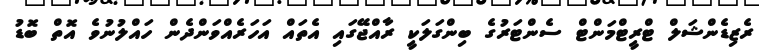
ރެޒިޑެންޝަލް ޓްރީޓްމަންޓް ސެންޓަރުގެ ބިންގަލަކީ ރާއްޖޭގައި އެތައް އަހަރެއްވަންދެން ހައްލުނުވެ އޮތް ބޮޑު